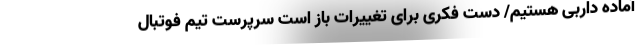
آماده داربی هستیم/ دست فکری برای تغییرات باز است سرپرست تیم فوتبال